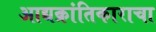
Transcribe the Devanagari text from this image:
आद्यक्रांतिकाराचा